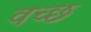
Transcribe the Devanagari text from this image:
वच्छ